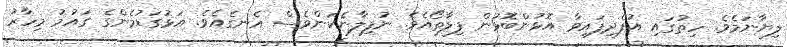
ލިޔާނަމެވެ. ހިތުގައި އުފެދިފައިވާ އޮޅުންބޮޅުން ފިލާތޯއެވެ. ނުފިލާނެކަންވެސް އެނގެއެވެ. އަޅުގަޑުމެންގެ ގައުމު މިހާރު